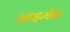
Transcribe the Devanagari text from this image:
नाइमेन